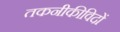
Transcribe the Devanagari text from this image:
तकनीकीविदों